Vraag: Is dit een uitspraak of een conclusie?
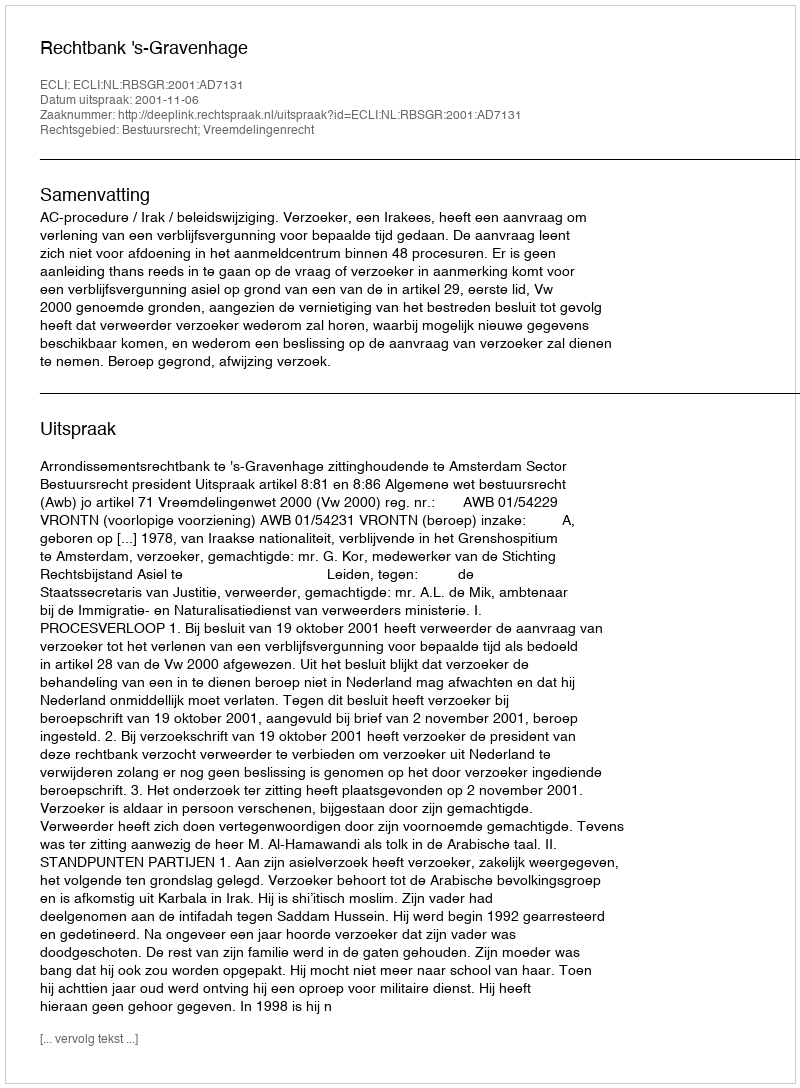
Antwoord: Uitspraak